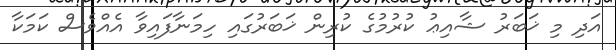
އަދި މި ޚަބަރު ޝާއިޢު ކުރުމުގެ ކުރިން ޚަބަރުގައި ހިމަނާފައިވާ އެއްވެސް ކަމަކާ